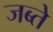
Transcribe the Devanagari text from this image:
जब्ते